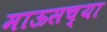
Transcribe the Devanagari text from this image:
माऊसच्या